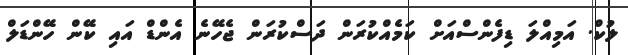
ލުކް. އަމިއްލަ ޑިފެންސްއަށް ކަމެއްކުރަން ދަސްކުރަން ޖެހޭނެ އެންޑް އައި ކޭން ހޭންޑަލް